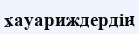
хауариждердің